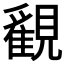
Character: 𧢉